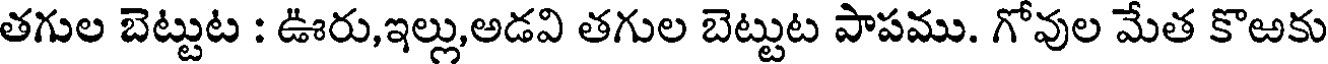
తగుల బెట్టుట : ఊరు,ఇల్లు,అడవి తగుల బెట్టుట పాపము. గోవుల మేత కొఱకు